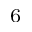
^ 6